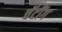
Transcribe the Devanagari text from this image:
चॅटींग